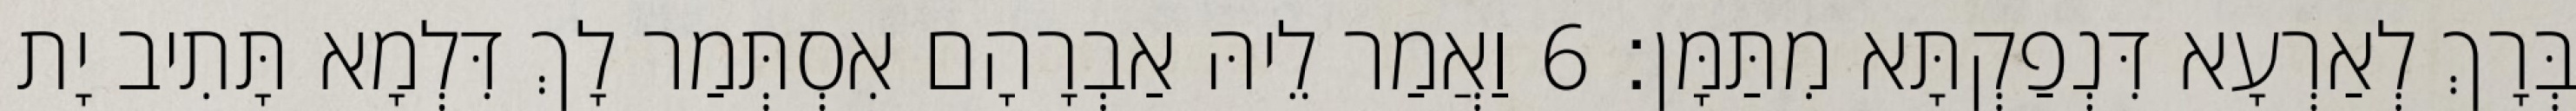
בְּרָךְ לְאַרְעָא דִּנְפַקְתָּא מִתַּמָּן׃ 6 וַאֲמַר לֵיהּ אַבְרָהָם אִסְתְּמַר לָךְ דִּלְמָא תָּתִיב יָת